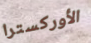
الأوركسترا